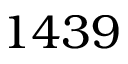
1 4 3 9